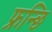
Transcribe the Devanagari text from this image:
फ्रन्छि